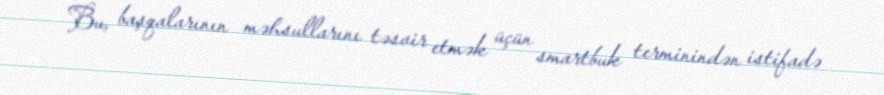
Bu, başqalarının məhsullarını təsvir etmək üçün smartbuk terminindən istifadə